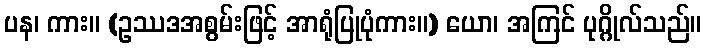
ပန၊ ကား။ (ဥဿဒအစွမ်းဖြင့် အာရုံပြုပုံကား။) ယော၊ အကြင် ပုဂ္ဂိုလ်သည်။